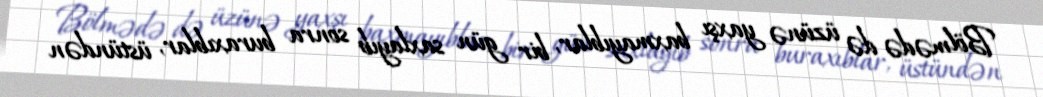
Bölmədə də üzünə yaxşı baxmayıblar, bir gün saxlayıb sonra buraxıblar, üstündən